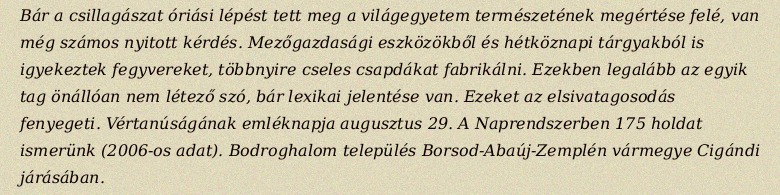
Bár a csillagászat óriási lépést tett meg a világegyetem természetének megértése felé, van még számos nyitott kérdés. Mezőgazdasági eszközökből és hétköznapi tárgyakból is igyekeztek fegyvereket, többnyire cseles csapdákat fabrikálni. Ezekben legalább az egyik tag önállóan nem létező szó, bár lexikai jelentése van. Ezeket az elsivatagosodás fenyegeti. Vértanúságának emléknapja augusztus 29. A Naprendszerben 175 holdat ismerünk (2006-os adat). Bodroghalom település Borsod-Abaúj-Zemplén vármegye Cigándi járásában.